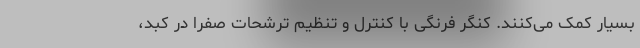
بسیار کمک می‌کنند. کنگر فرنگی با کنترل و تنظیم ترشحات صفرا در کبد،